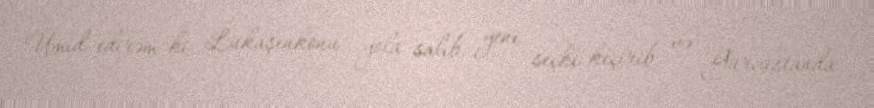
Ümid edirəm ki, Lukaşenkonu yola salıb, yeni seçki keçirib və Gürcüstanda